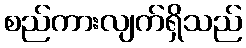
စည်ကားလျက်ရှိသည်